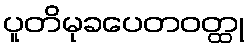
ပူတိမုခပေတဝတ္ထု